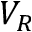
V _ { R }